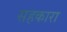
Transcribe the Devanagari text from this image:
सहकारा